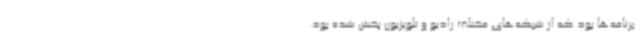
برنامه‌ها بود که از شبکه‌های مختلف رادیو و تلویزیون پخش شده بود.